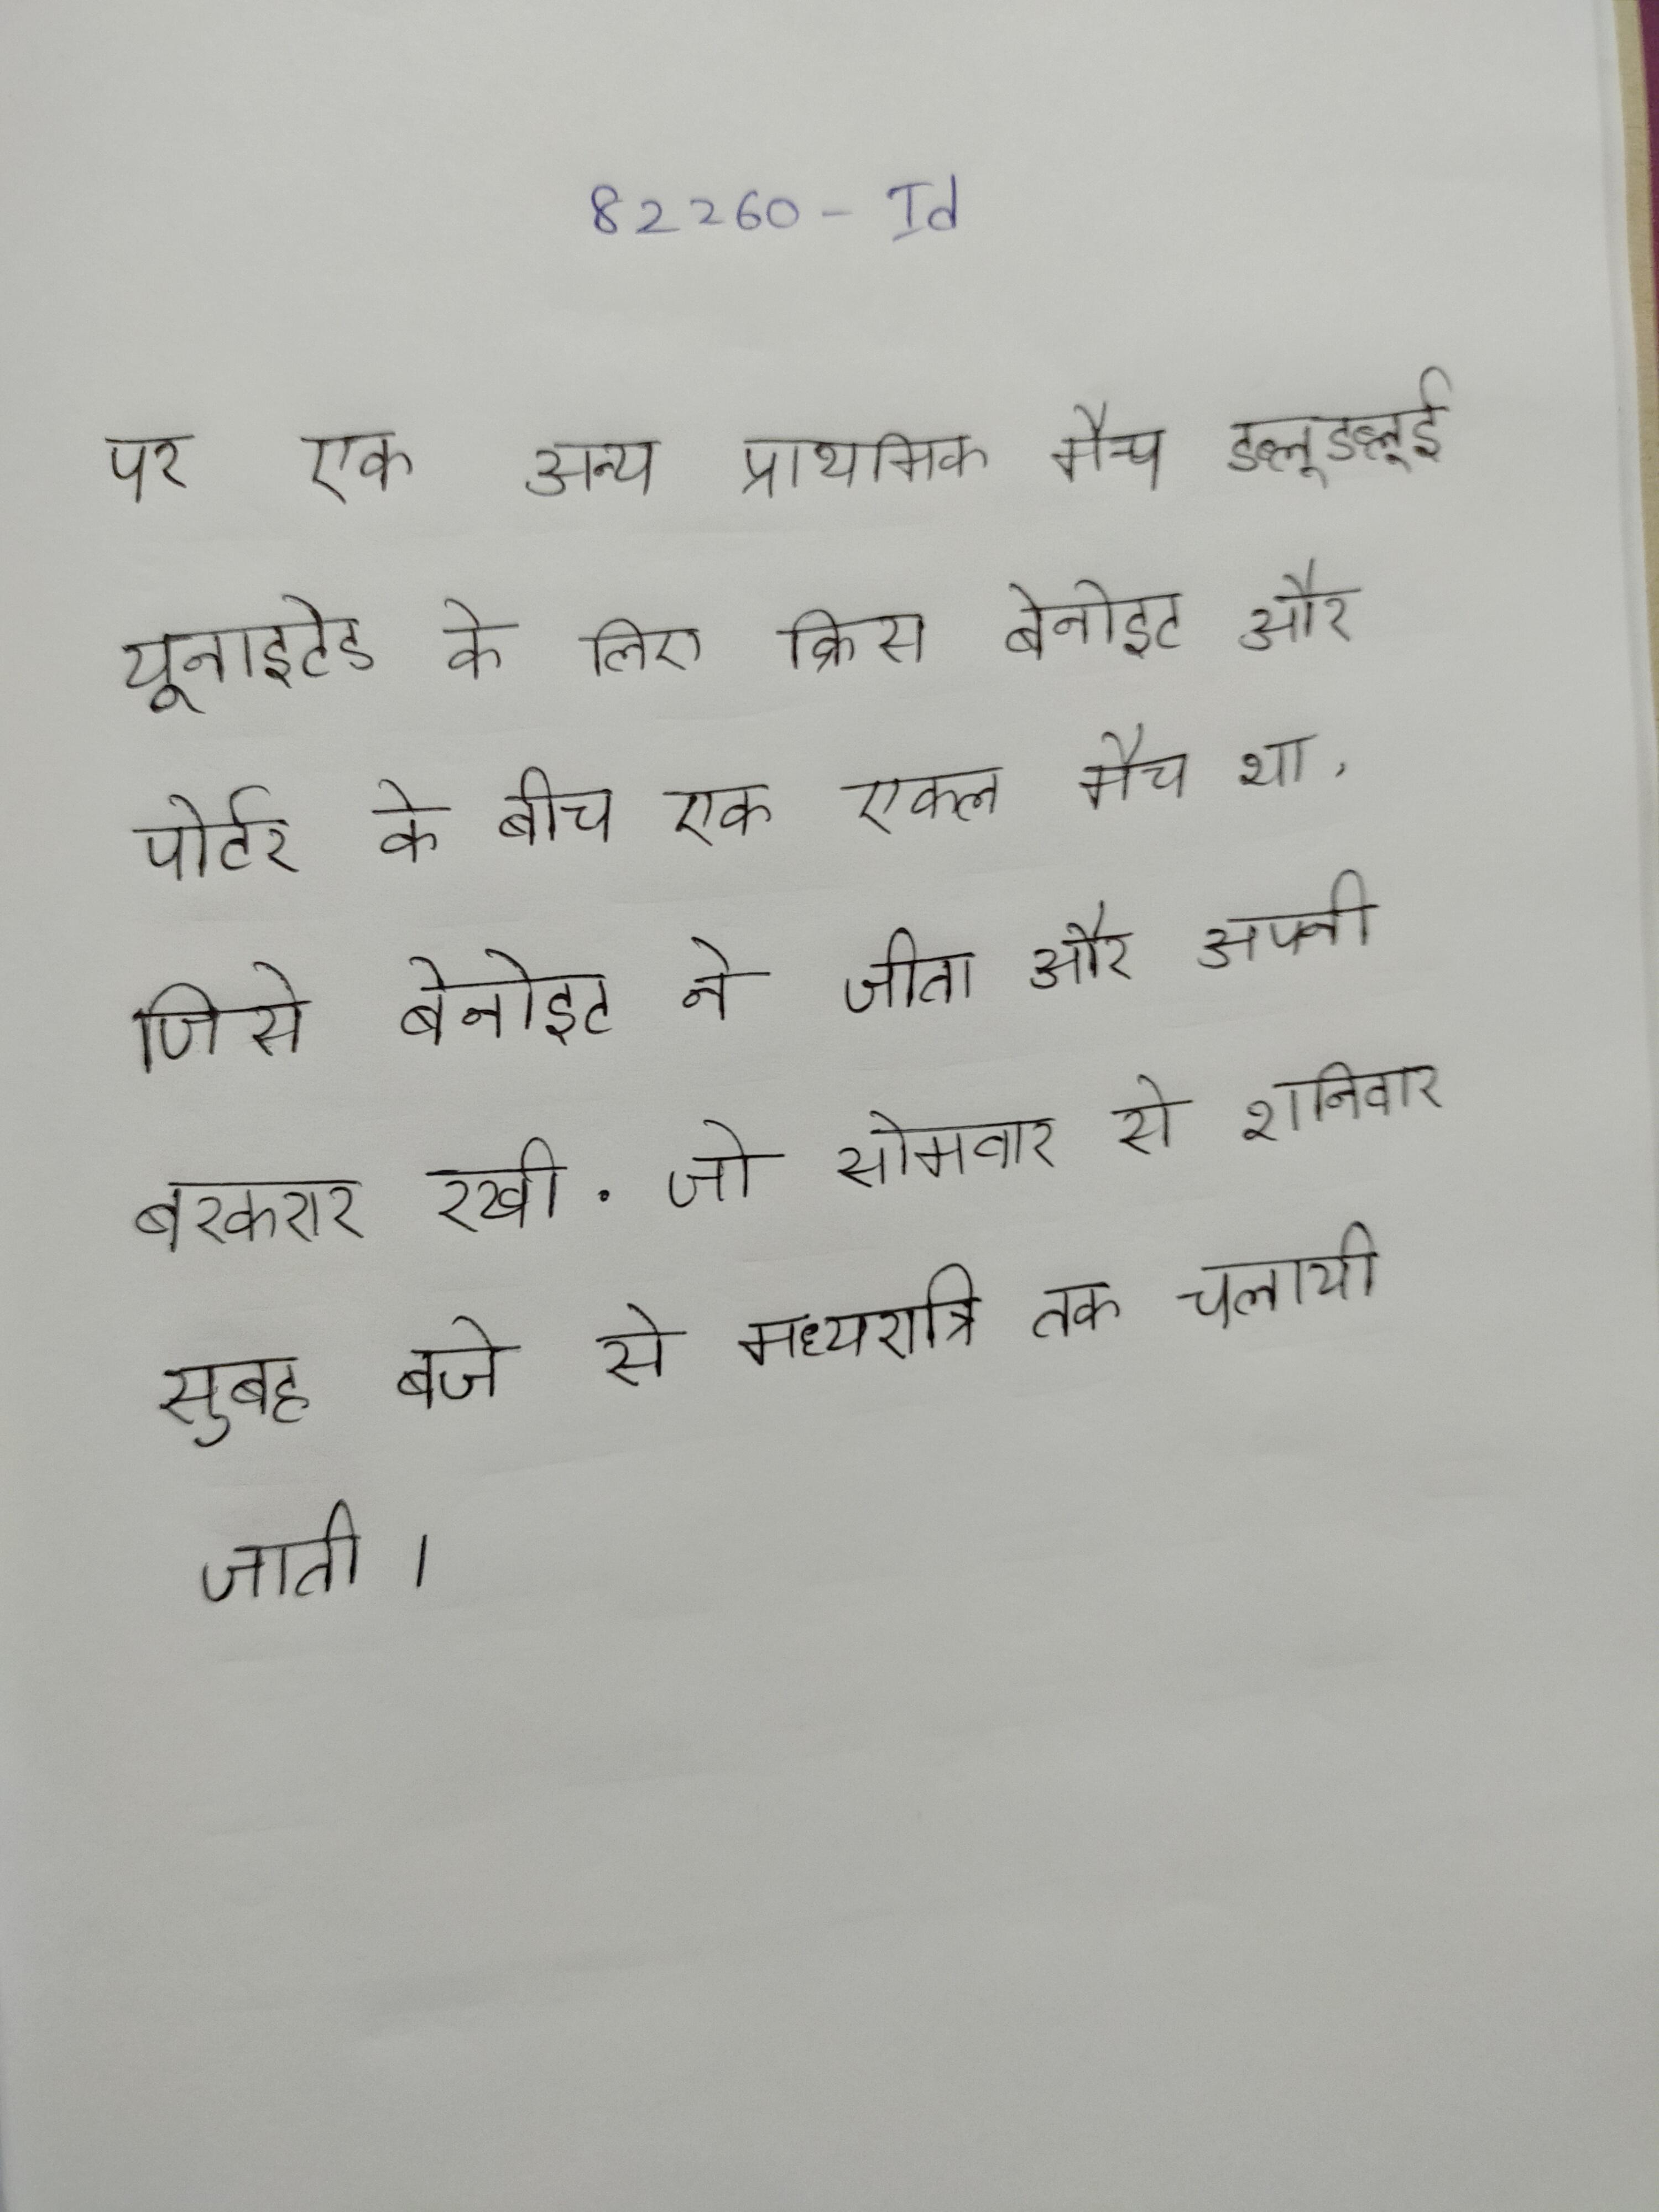
पर एक अन्य प्राथमिक मैच डब्लूडब्लूई यूनाइटेड स्टेट्स के लिए क्रिस बेनोइट और पोर्टर के बीच एक एकल मैच था, जिसे बेनोइट ने जीता और अपनी बरकरार रखी . जो सोमवार से शनिवार सुबह बजे से मध्यरात्रि तक चलायी जाती ।